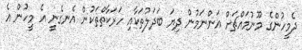
ދެމީހުންގެ މޫނުމައްޗަށް އަންނަމުން ދިޔަ ބަދަލުތަކާއި ހަރަކާތްތަކުން އެނގެނީ އެ މީހުން އެ